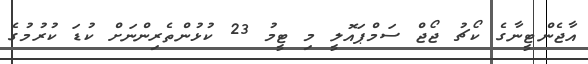
އާޖެންޓީނާގެ ކޯޗު ޖޯޖް ސަމްޕައޮލީ މި ޓީމު 23 ކުޅުންތެރިންނަށް ކުޑަ ކުރުމުގެ